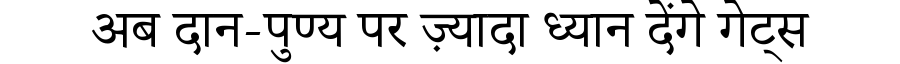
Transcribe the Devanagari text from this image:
अब दान-पुण्य पर ज़्यादा ध्यान देंगे गेट्स